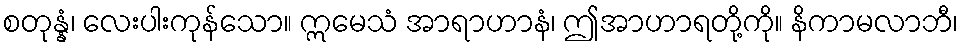
စတုန္နံ၊ လေးပါးကုန်သော။ ဣမေသံ အာရာဟာနံ၊ ဤအာဟာရတို့ကို။ နိကာမလာဘီ၊